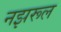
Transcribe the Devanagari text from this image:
नझरूल